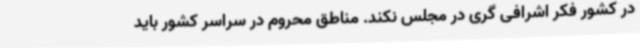
در کشور فکر اشرافی گری در مجلس نکند. مناطق محروم در سراسر کشور باید